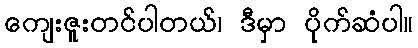
ကျေးဇူးတင်ပါတယ်၊ ဒီမှာ ပိုက်ဆံပါ။